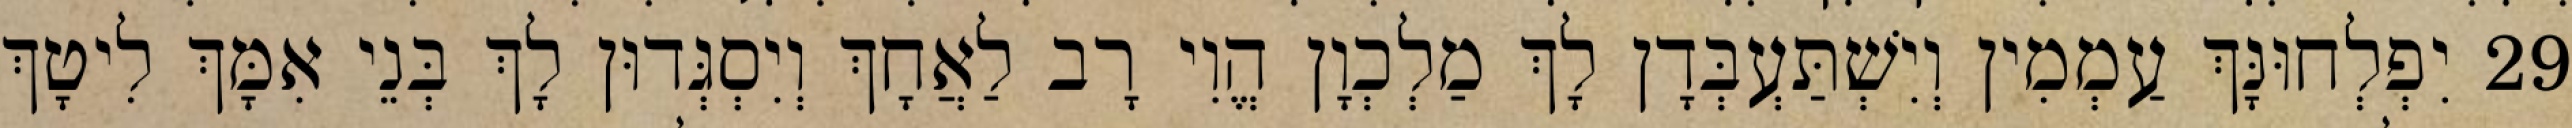
29 יִפְלְחוּנָּךְ עַמְמִין וְיִשְׁתַּעְבְּדָן לָךְ מַלְכְוָן הֱוִי רָב לַאֲחָךְ וְיִסְגְּדוּן לָךְ בְּנֵי אִמָּךְ לִיטָךְ